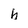
Character: h